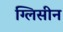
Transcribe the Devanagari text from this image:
ग्लिसीन